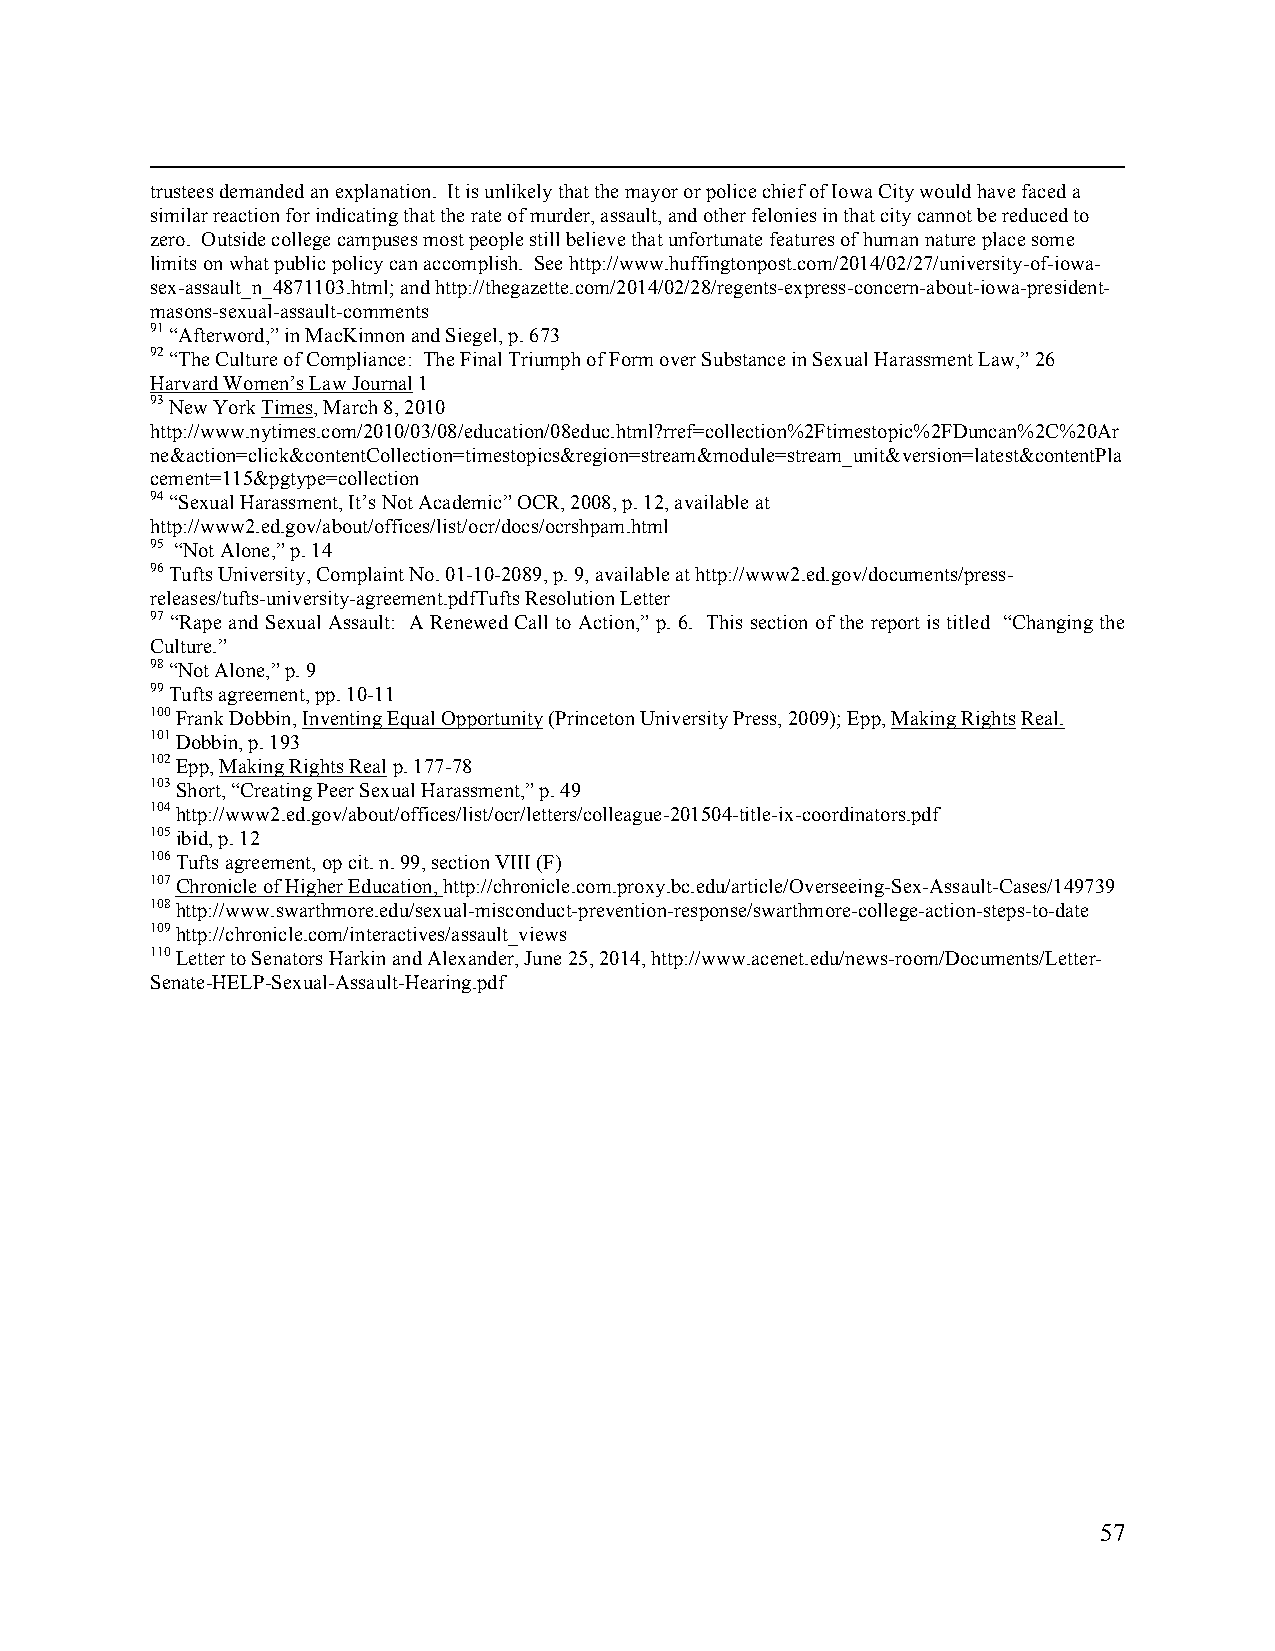
trustees demanded an explanation. It is unlikely that the mayor or police chief of Iowa City would have faced a
 similar reaction for indicating that the rate of murder, assault, and other felonies in that city cannot be reduced to
 zero. Outside college campuses most people still believe that unfortunate features of human nature place some
 limits on what public policy can accomplish. See http://www.huffingtonpost.com/2014/02/27/university-of-iowa-
 sex-assault_n_4871103.html; and http://thegazette.com/2014/02/28/regents-express-concern-about-iowa-president-
 masons-sexual-assault-comments
 91 “Afterword,” in MacKinnon and Siegel, p. 673
 92 “The Culture of Compliance: The Final Triumph of Form over Substance in Sexual Harassment Law,” 26
 Harvard Women’s Law Journal 1
 93 New York Times, March 8, 2010
 http://www.nytimes.com/2010/03/08/education/08educ.html?rref=collection%2Ftimestopic%2FDuncan%2C%20Ar
 ne&action=click&contentCollection=timestopics&region=stream&module=stream_unit&version=latest&contentPla
 cement=115&pgtype=collection
 94 “Sexual Harassment, It’s Not Academic” OCR, 2008, p. 12, available at
 http://www2.ed.gov/about/offices/list/ocr/docs/ocrshpam.html
 95 “Not Alone,” p. 14
 96 Tufts University, Complaint No. 01-10-2089, p. 9, available at http://www2.ed.gov/documents/press-
 releases/tufts-university-agreement.pdfTufts Resolution Letter
 97 “Rape and Sexual Assault: A Renewed Call to Action,” p. 6. This section of the report is titled “Changing the
 Culture.”
 98 “Not Alone,” p. 9
 99 Tufts agreement, pp. 10-11
 100 Frank Dobbin, Inventing Equal Opportunity (Princeton University Press, 2009); Epp, Making Rights Real.
 101 Dobbin, p. 193
 102 Epp, Making Rights Real p. 177-78
 103 Short, “Creating Peer Sexual Harassment,” p. 49
 104 http://www2.ed.gov/about/offices/list/ocr/letters/colleague-201504-title-ix-coordinators.pdf
 105 ibid, p. 12
 106 Tufts agreement, op cit. n. 99, section VIII (F)
 107 Chronicle of Higher Education, http://chronicle.com.proxy.bc.edu/article/Overseeing-Sex-Assault-Cases/149739
 108 http://www.swarthmore.edu/sexual-misconduct-prevention-response/swarthmore-college-action-steps-to-date
 109 http://chronicle.com/interactives/assault_views
 110 Letter to Senators Harkin and Alexander, June 25, 2014, http://www.acenet.edu/news-room/Documents/Letter-
 Senate-HELP-Sexual-Assault-Hearing.pdf
 57